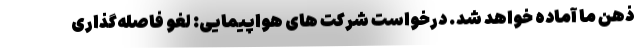
ذهن ما آماده خواهد شد. درخواست شرکت های هواپیمایی: لغو فاصله‌گذاری